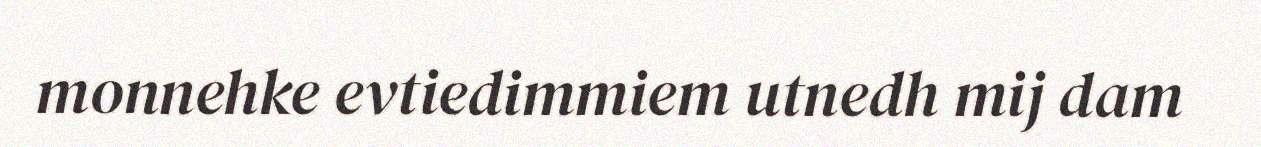
monnehke evtiedimmiem utnedh mij dam